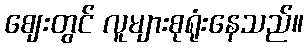
ဈေးတွင် လူများစုရုံးနေသည်။